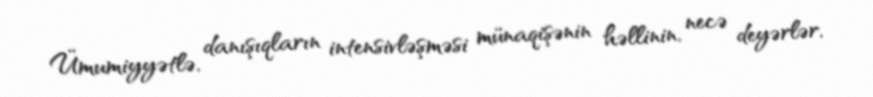
Ümumiyyətlə, danışıqların intensivləşməsi münaqişənin həllinin, necə deyərlər,